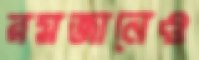
রমজানেও